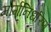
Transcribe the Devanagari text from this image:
मार्गनिर्धारण